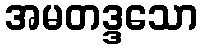
အမတဒ္ဒသော